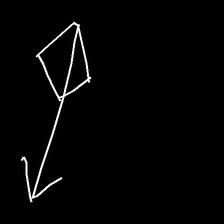
Glyph: focus